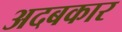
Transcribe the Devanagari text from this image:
अदबकार